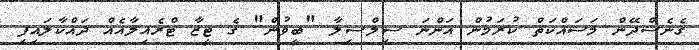
ގެނެސްދޭން މަސައްކަތް ކުރަމުން އަންނަ ސިލްސިލާ "ބީވުން" ގެ ޓީޒާ ޓްރެއިލާއެއް ދައްކާލައިފި